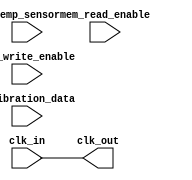
module TempCompensatedClockBuffer (
    input wire clk_in,              // Input clock signal
    input wire temp_sensor,         // Temperature sensor input
    input wire mem_read_enable,     // Memory read enable signal
    input wire mem_write_enable,    // Memory write enable signal
    input wire [7:0] calibration_data, // Calibration data input
    output wire clk_out             // Compensated clock signal output
);

    // Memory block for temperature calibration data
    reg [7:0] calibration_memory [0:255]; // E.g., 256 entries for temp calibration
    reg [7:0] current_calibration; // Current calibration in use
    reg [7:0] temperature_offset;   // Offset based on current temperature
    
    // Delay element for clock adjustment
    reg [3:0] delay; // Adjust based on temperature to achieve clock compensation
    
    // Clock buffer signal
    wire buffered_clk;

    // Combinational logic for clock adjustment based on temperature
    always @(*) begin
        // Basic logic to determine delay based on temperature (simplified)
        // Assuming temp_sensor provides a digital output representing temperature
        if (temp_sensor < 8'd20) begin // Example threshold
            delay = 4'd2; // Example delay for low temperature
        end else if (temp_sensor < 8'd25) begin
            delay = 4'd1; // Example delay for medium temperature
        end else begin
            delay = 4'd0; // No delay for high temperature
        end
        
        // Example logic to read/update memory based on control signals
        if (mem_write_enable) begin
            calibration_memory[temp_sensor] <= calibration_data;
        end
        
        if (mem_read_enable) begin
            current_calibration <= calibration_memory[temp_sensor];
        end
        
        // Calculate the temperature offset for the delay
        temperature_offset = current_calibration - delay;
    end

    // Simple clock buffer logic (you could replace this with a more robust buffer)
    assign buffered_clk = clk_in; // Ideally implement suitable buffering here
    assign clk_out = buffered_clk; // Output clock signal

    // Implementing delay logic on buffered clock (simplification)
    always @(posedge buffered_clk) begin
        // Generate compensated clock based on calculations
        // Adjusted clock will change based on calculated temperature_offset
        // Here we simply illustrate the phase shift based on a delay
        if (temperature_offset > 0) begin
            // Shift the clock edge by the calculated offset (this is illustrative)
            // In reality, you would implement a more sophisticated mechanism
            // to adjust clock timing here.
        end
    end

endmodule